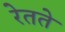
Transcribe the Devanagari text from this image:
रेतते